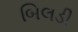
બિલડી